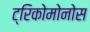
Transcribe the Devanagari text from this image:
ट्रिकोमोनोस